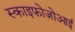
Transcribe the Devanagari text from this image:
स्काइफ़ोज़ोआई